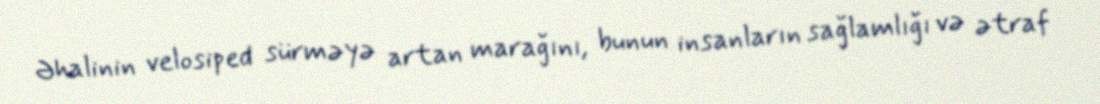
Əhalinin velosiped sürməyə artan marağını, bunun insanların sağlamlığı və ətraf